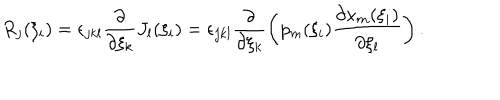
LaTeX: R _ { j } ( \xi _ { i } ) = \epsilon _ { j k l } \frac { \partial } { \partial \xi _ { k } } J _ { l } ( \xi _ { i } ) = \epsilon _ { j k l } \frac { \partial } { \partial \xi _ { k } } \left( p _ { m } ( \xi _ { i } ) \frac { \partial x _ { m } ( \xi _ { i } ) } { \partial \xi _ { l } } \right) .